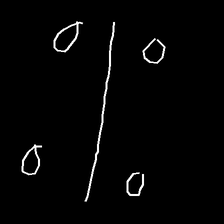
Glyph: cool